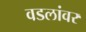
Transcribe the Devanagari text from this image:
वडलांवर